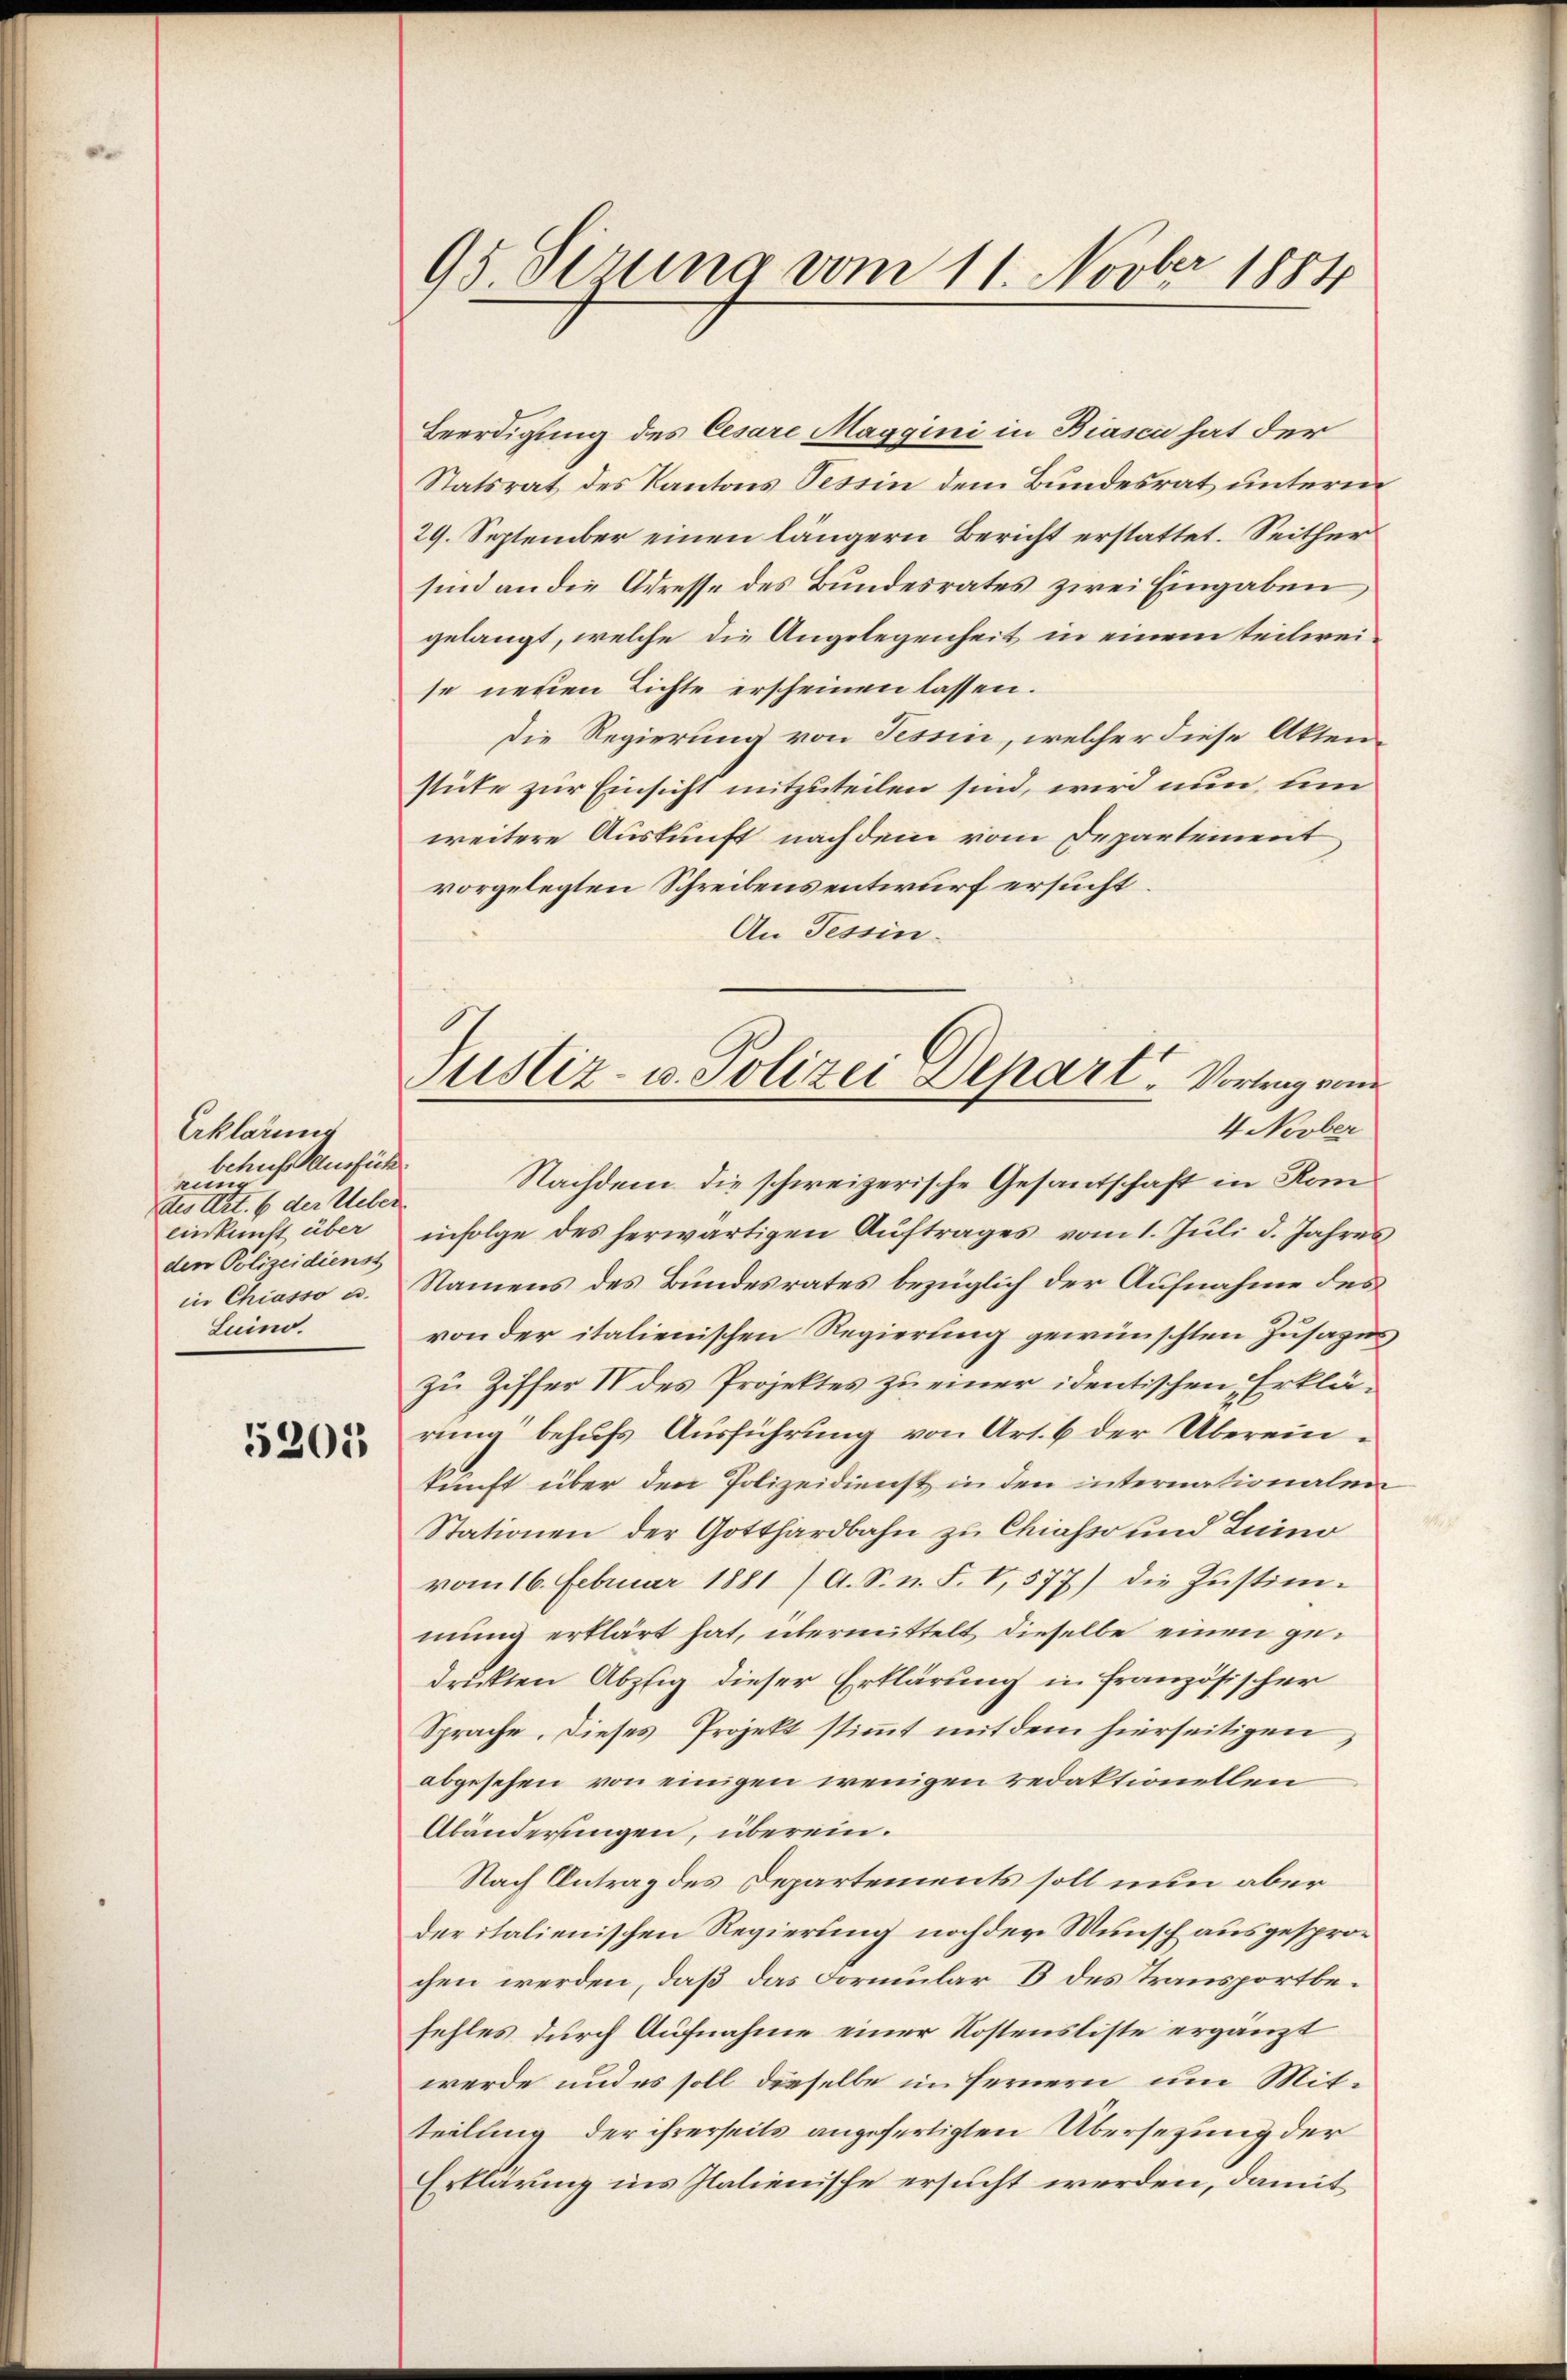
Erklärung
behufs Ausfüh
rung
des Art. 6 der Ueber
einkunft über
den Polizeidienst
in Chiasso u.
Luino.

5205

95. derung vom 11. Novber 1884

Justiz- u. Polizei-Depart. Vortrag von
4 Novber

Beerdigung des Cesare Maggini in Biasca hat der
Statsrat des Kantons Tessin dem Bundesrat unterm
29. September einen längern Bericht erstattet. Seither
sind an die Adresse des Bundesrates zwei Eingaben
gelangt, welche die Angelegenheit in einem teilweise neuen Lichte erscheinen lassen.
Die Regierung von Tessin, welcher diese Akten-
stute zur Einsicht mitzuteilen sind, wird nun, um
weitere Auskunft nachdem vom Departement
vorgelegten Schreibens entwurf ersucht.
An Tessin.
Nachdem die schweizerische Gesandschaft in Kominfolge des herwärtigen Aŭftrages vom 1. Jŭli d. Jahres
Namens des Bundesrates bezüglich der Aufnahme des
von der italienischen Regierung gewünschten Zusager
zu Ziffer IV des Projektes zu einer identischen Erklärung“ behufs Ausführung von Art. 6 der Übereinkunft über den Polizeidienst in den internationalen
Stationen der Gotthardbahn zu Chiasso und Luino
vom 16. Februar 1881 (A. S. n. F. I, 577) die Zŭstim-
mung erklärt hat, übermittelt dieselbe einen gedrukten Abzig dieser Erklärung in französischer
Sprache. Dieses Projekt stimmt mit dem hierseitigen,
abgesehen von einigen wenigen redaktionellen
Abänderungen, überein.
Nach Antrag des Departements soll nun aber
deritalienischen Regierung noch der Wunsch ausgesprochen werden, daß das Formular 3 des Transportbefehles durch Aufnahme einer Kostensliste ergänzt
werde und es soll dieselbe in fernern um Mitteilung der ihrerseits angefertigten Übersetzung der
Erklärung ins Italienische ersucht werden, damit